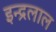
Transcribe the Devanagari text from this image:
इन्द्रलाल